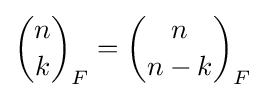
{\binom {n}{k}}_{F}={\binom {n}{n-k}}_{F}